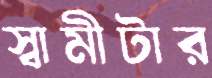
স্বামীটার